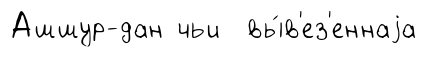
Ашшур-дан чьи вы́в'ез'еннаjа